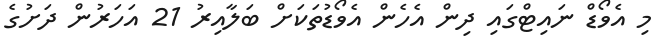
މި އެވޯޑް ނައިޓްގައި ދިން އެހެން އެވޯޑުތަކަށް ބަލާއިރު 21 އަހަރުން ދަށުގެ